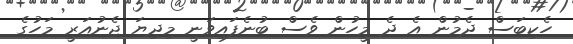
ހެކިބަސް ދެމުން އެ ދެ މީހުން ވެސް ބުނެފައިވަނީ މިދިޔަ ޖެނުއަރީ މަހުގެ